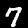
Digit: 7